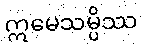
ဣမေသမ္ပိဿ